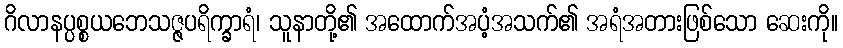
ဂိလာနပ္ပစ္စယဘေသဇ္ဇပရိက္ခာရံ၊ သူနာတို့၏ အထောက်အပံ့အသက်၏ အရံအတားဖြစ်သော ဆေးကို။